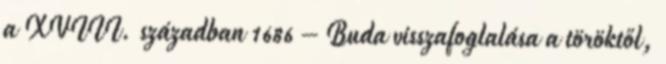
a XVIII. században 1686 – Buda visszafoglalása a töröktől,